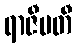
ရာဇီမတီ